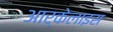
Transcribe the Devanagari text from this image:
आर्केलाइस